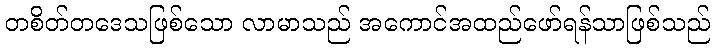
တစိတ်တဒေသဖြစ်သော လာမာသည် အကောင်အထည်ဖော်ရန်သာဖြစ်သည်